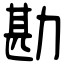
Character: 勘